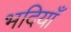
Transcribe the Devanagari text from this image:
भदियाँ